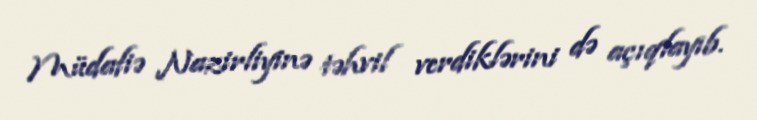
Müdafiə Nazirliyinə təhvil verdiklərini də açıqlayıb.